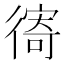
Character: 𢕗